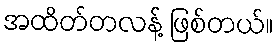
အထိတ်တလန့် ဖြစ်တယ်။